Trukikaitis_Postimees, lk 186
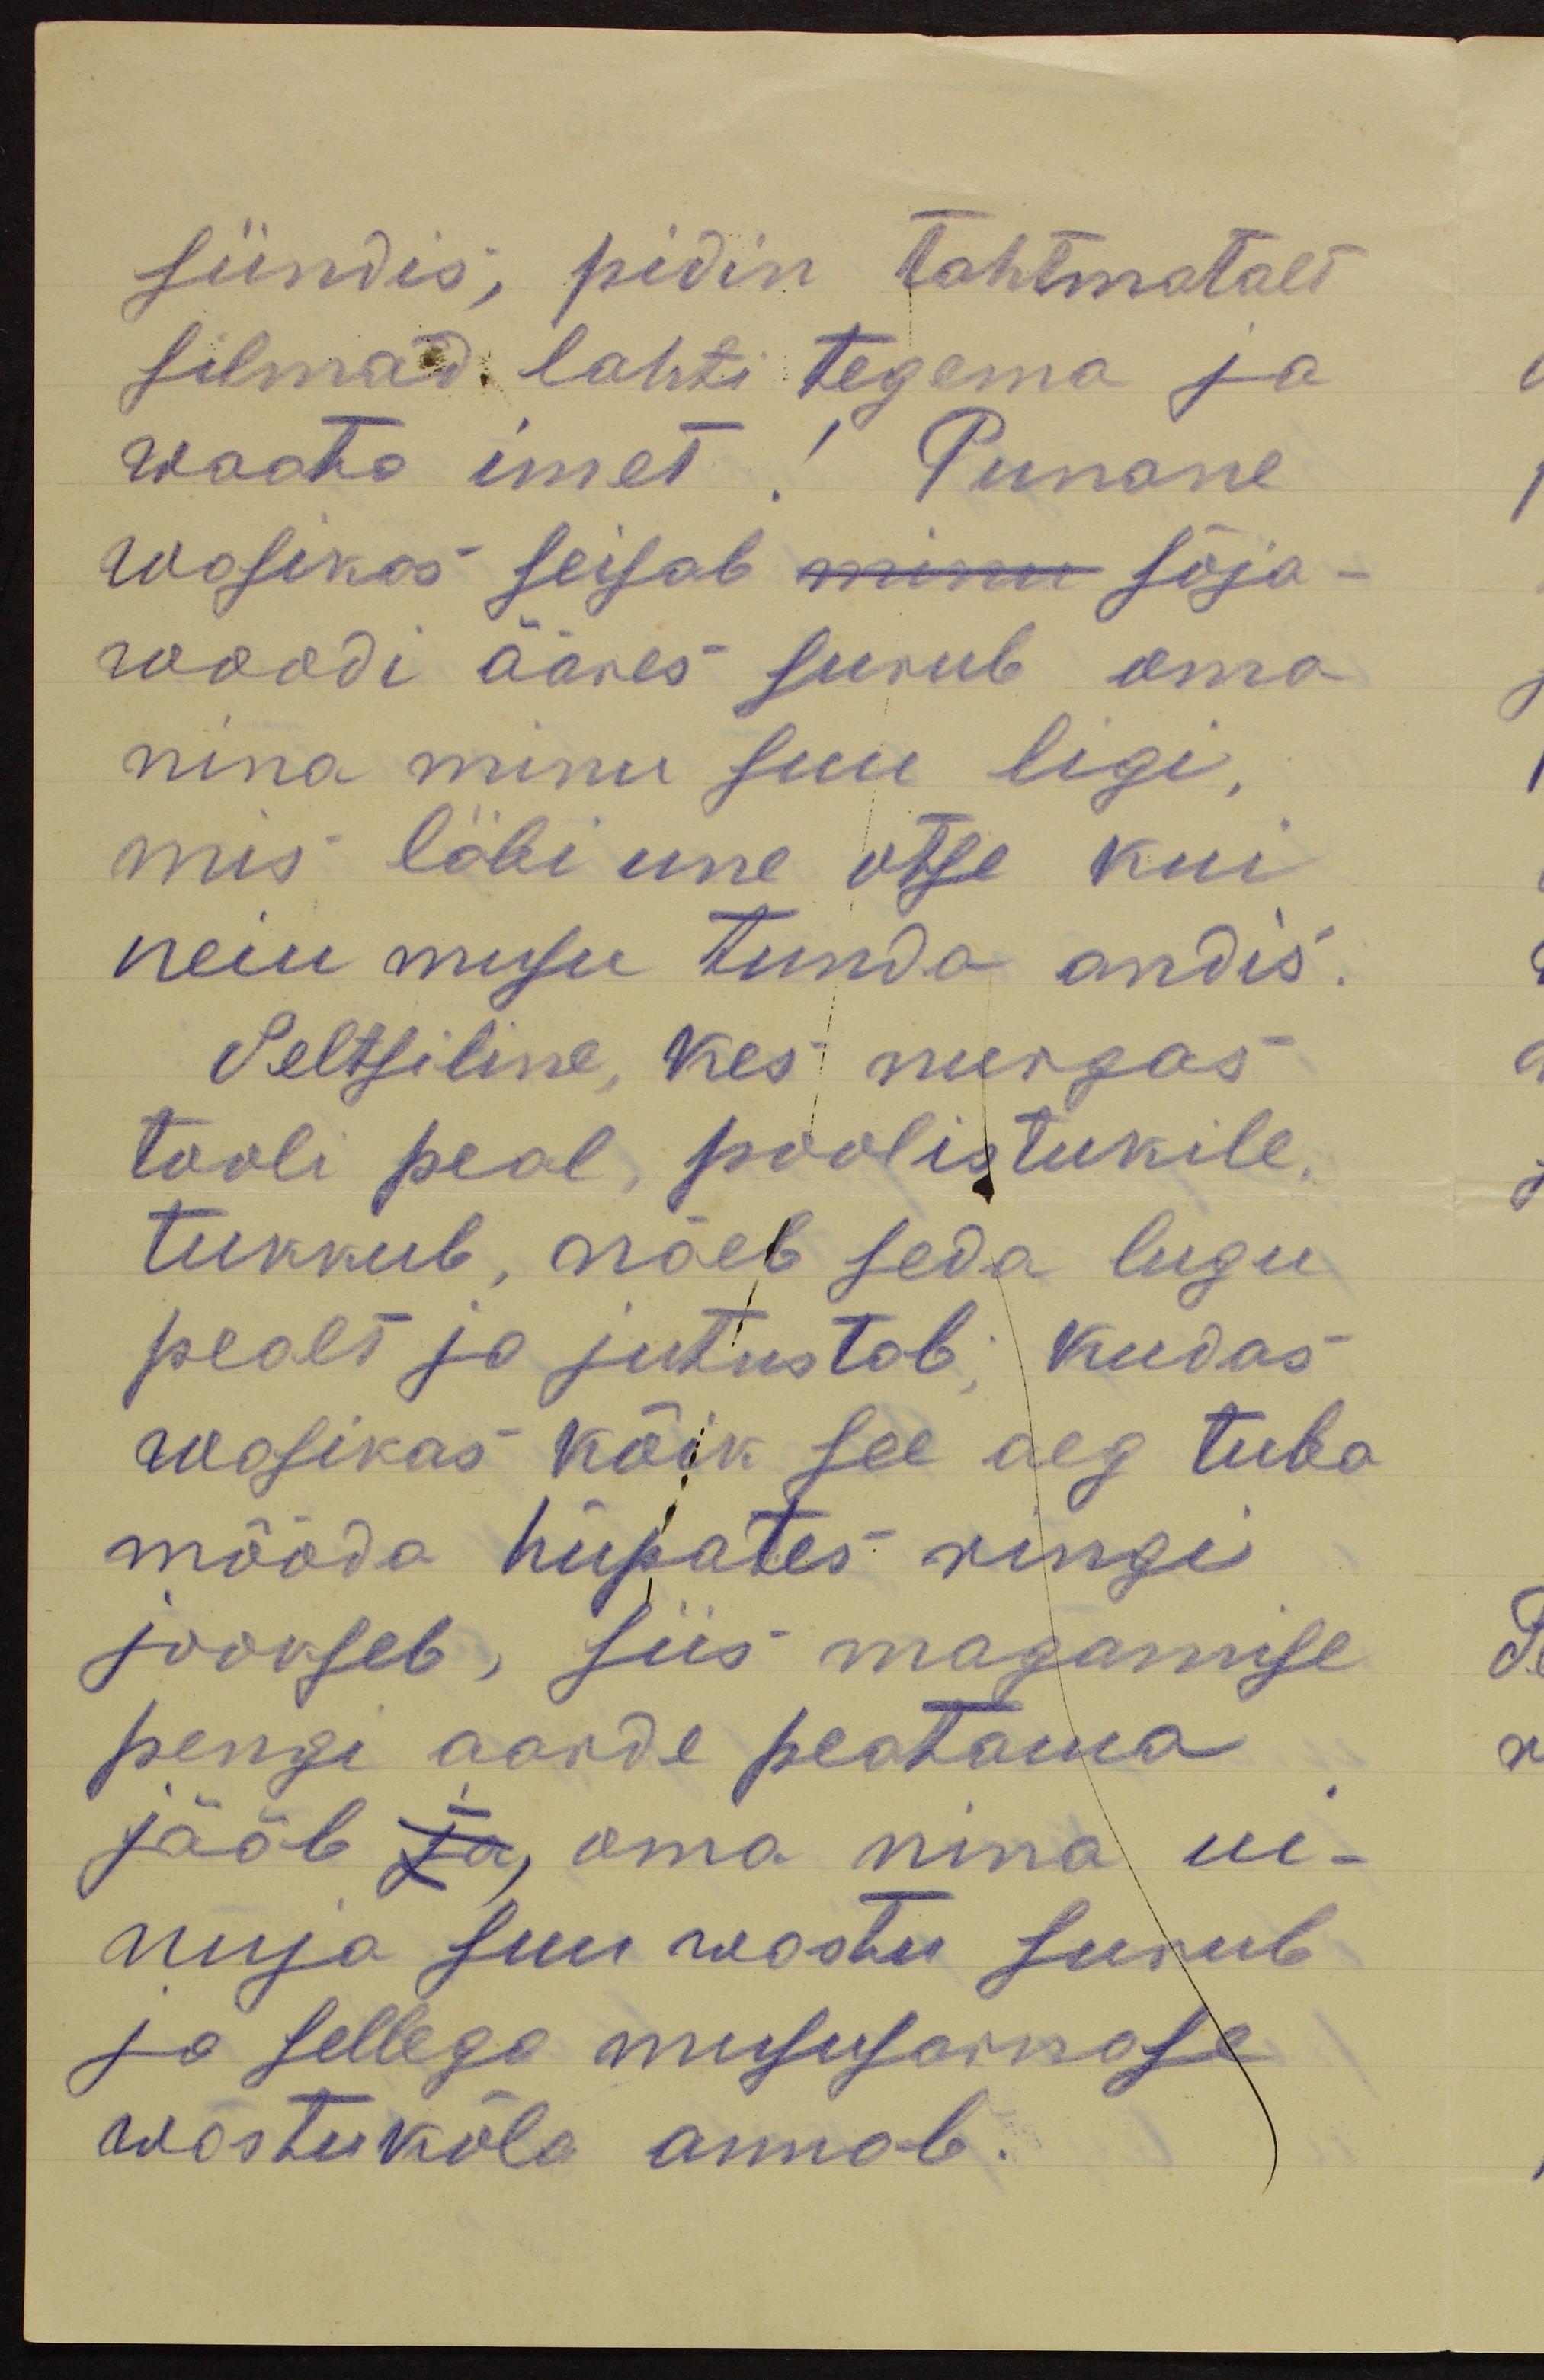
sündis, pidin tahtmatalt
silmad lahti tegema ja
waata imet! Punane
wasikas seisab minu sõja-
woodi ääres surub oma
nina minu suu ligi,
mis läbi une otse kui
neiu musu tunda andis.
Seltsiline, kes nurgas
tooli peal, poolistukile,
tukkub, näeb seda lugu
pealt ja jutustab; kudas
wasikas kõik see aeg tuba
mööda hüpates ringi
jooseb, siis magamise
pengi aarde peatama
jääb ja, oma nina ui-
nuja suu wastu surub
ja sellega mususarnase
wastukõla annab.